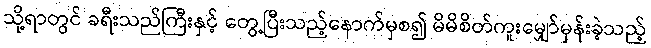
သို့ရာတွင် ခရီးသည်ကြီးနှင့် တွေ့ပြီးသည့်နောက်မှစ၍ မိမိစိတ်ကူးမျှော်မှန်းခဲ့သည့်